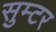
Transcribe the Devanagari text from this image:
सुम्टर